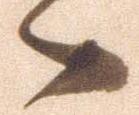
々